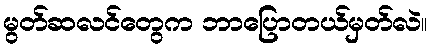
မွတ်ဆလင်တွေက ဘာပြောတယ်မှတ်လဲ။